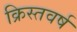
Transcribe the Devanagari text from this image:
क्रिस्तवर्ष